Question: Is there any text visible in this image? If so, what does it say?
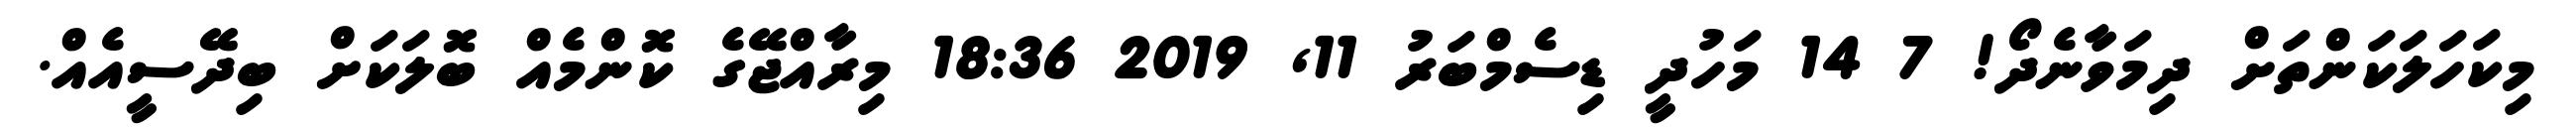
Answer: މިކަހަލަކަންތަށް ދިމަވާނެދޯ! 7 14 މަހުދީ ޑިސެމްބަރު 11, 2019 18:36 މިރާއްޖޭގެ ކޮންމެއް ބޮލަކަށް ބިދޭސީއެއް.